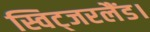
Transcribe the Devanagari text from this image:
स्विट्जरलैंड।